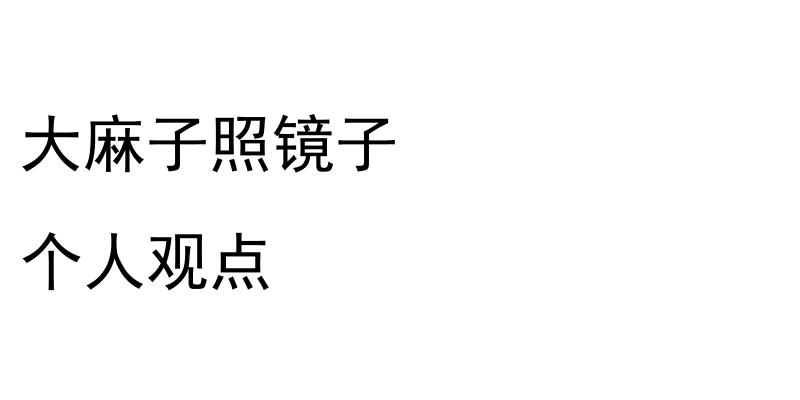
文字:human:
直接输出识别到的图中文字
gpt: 大麻子照镜子 个人观点